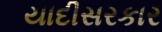
યાદીસરકાર